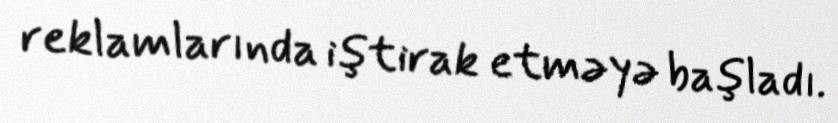
reklamlarında iştirak etməyə başladı.